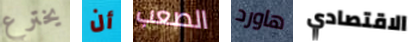
يخترع أن الصعب هاورد الاقتصادي